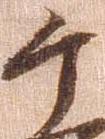
ケ